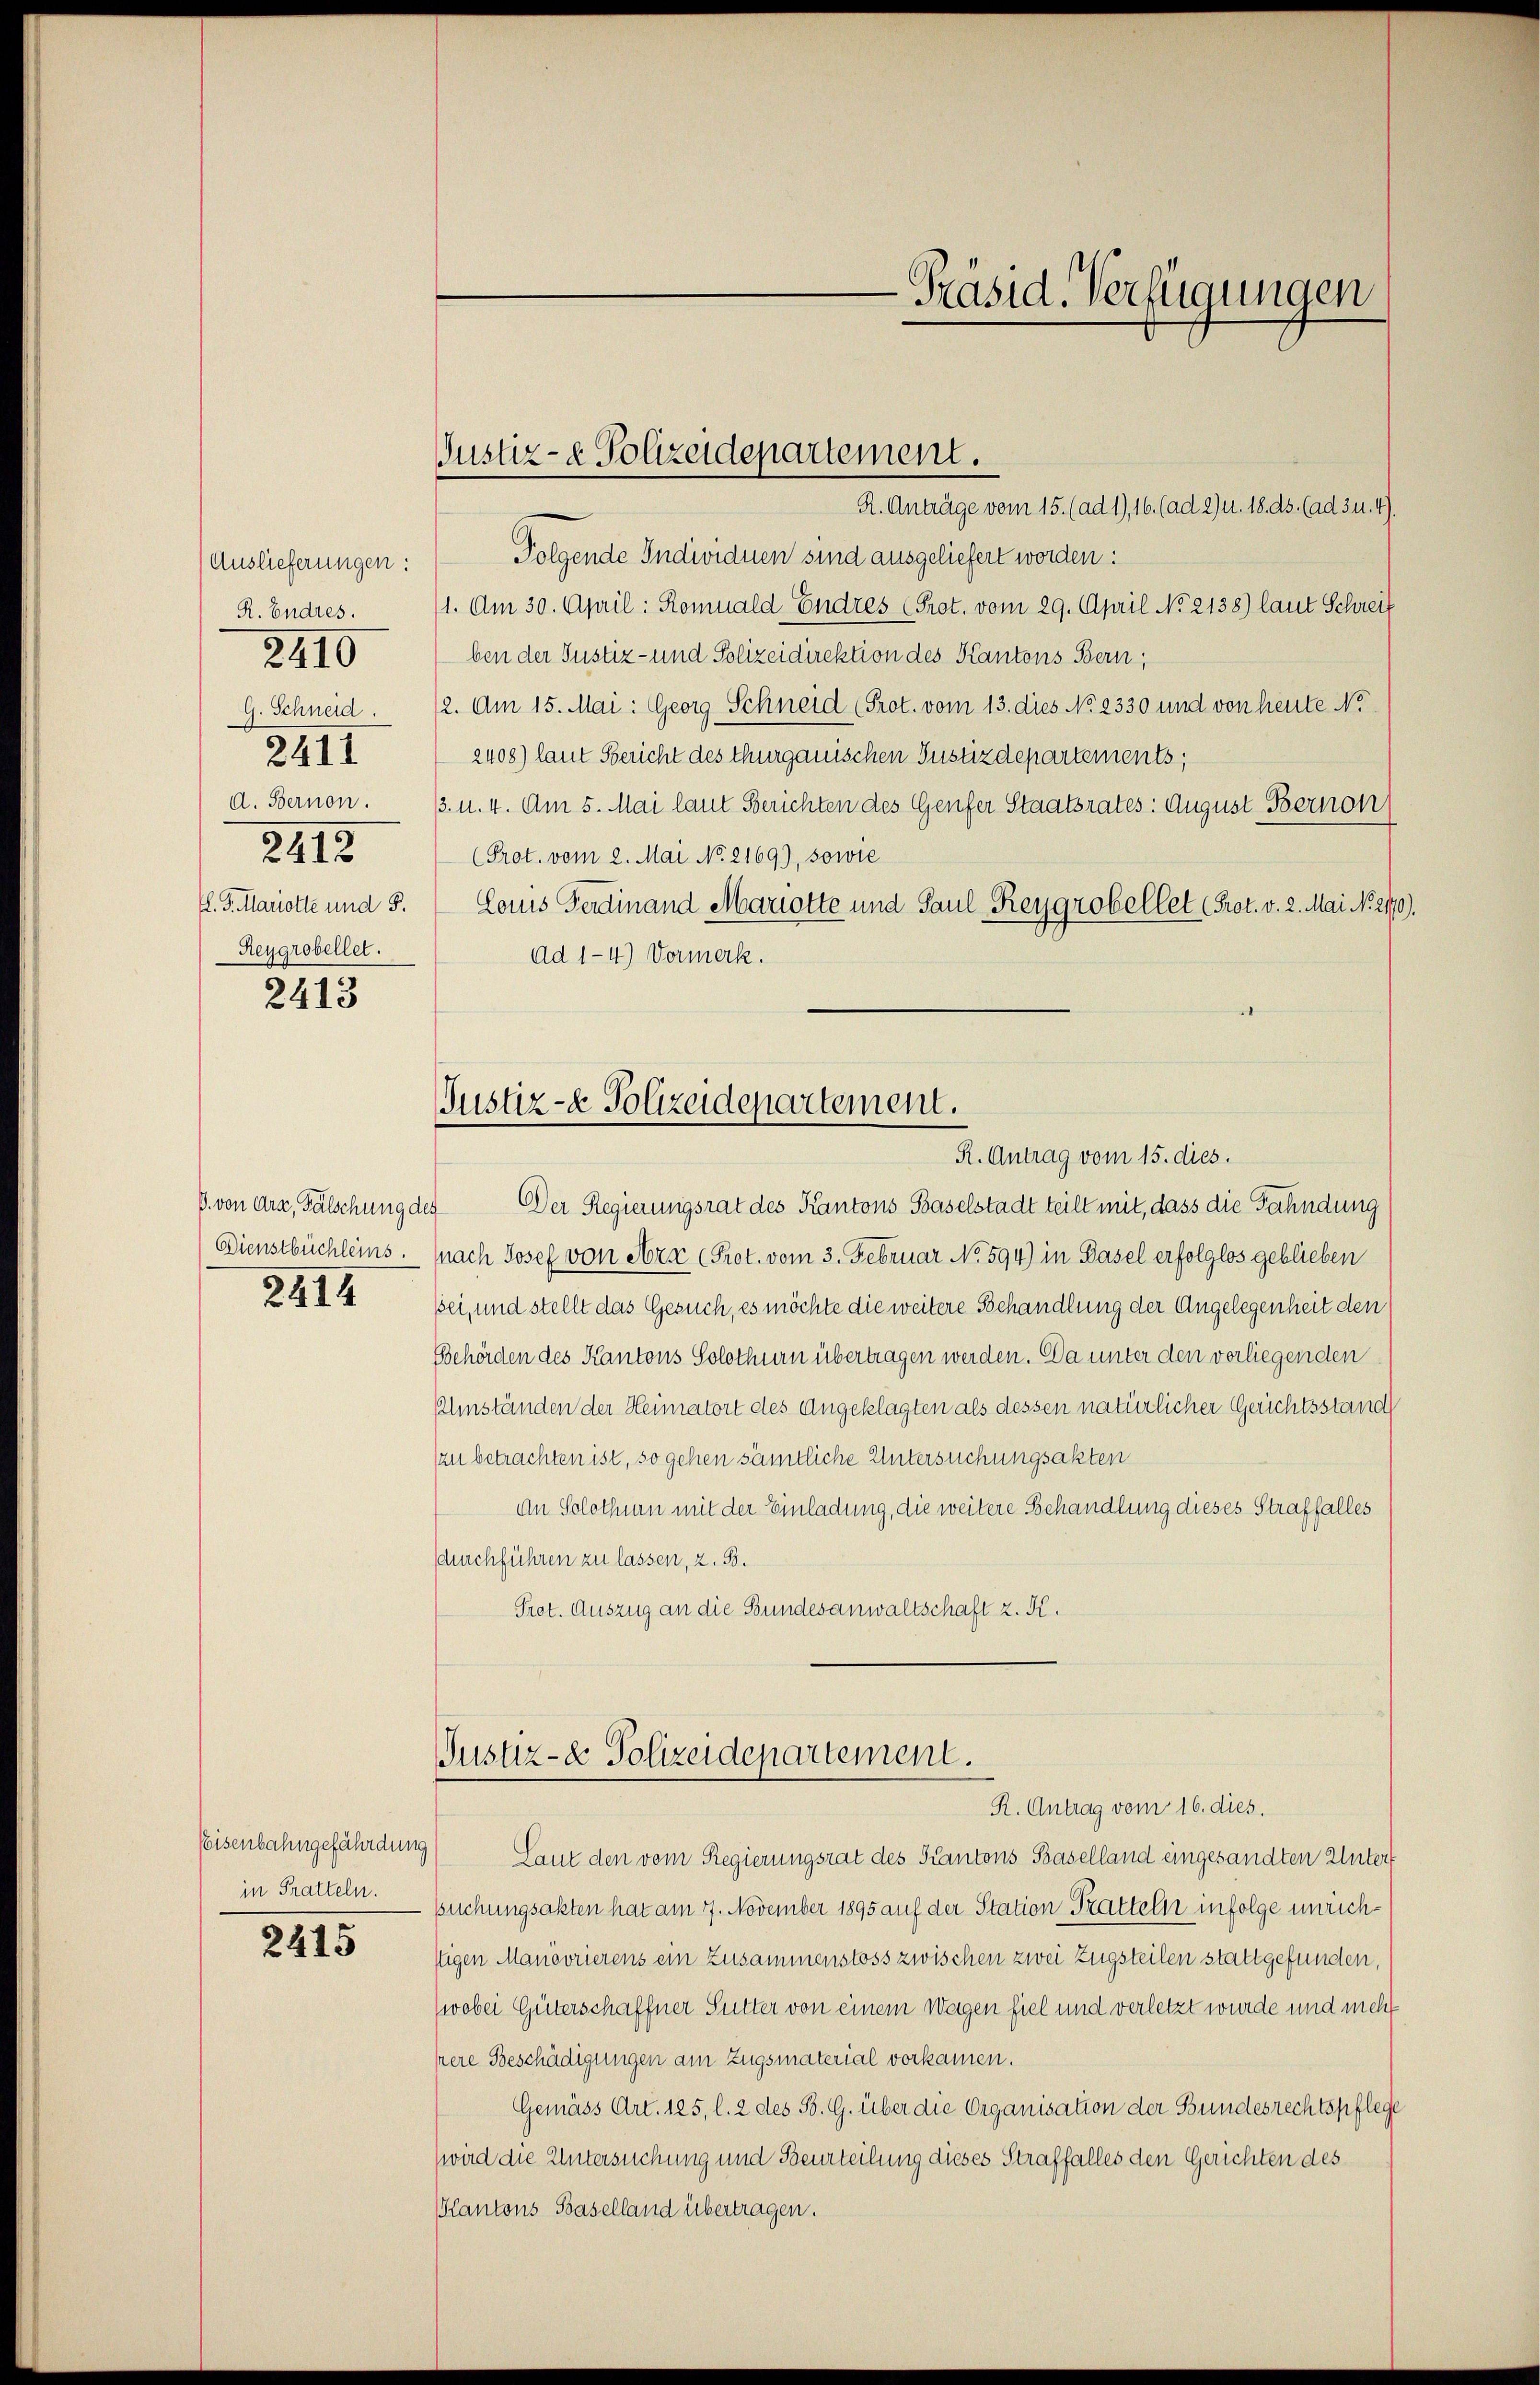
Auslieferungen:
R. Endres.
G. Schneid.
d. Bernon.
2412
fl. S. Marotte und 5.
Reygrobellet.
2413

2410

2411

Dienstbüchleins.
2414

in Pratteln.

2415

Justiz- & Polizeidepartement.

-Präsid. Verfügungen

R. Anträge vom 15. (ad 1), 16. (ad 2) u. 18. ds. (ad 3 u. 4).
Folgende Individuen sind ausgeliefert worden:
/1. Am 30. April: Romuald Endres Prot. vom 29. April No 2138) laut Schreit
ben der Justiz- und Polizeidirektion des Kantons Bern,
12. Am 15. Mai: Georg Schneid (Prot. vom 13. dies No 2330 und von heute No
2408) laut Bericht des thurgauischen Justizdepartements,
3. 11. 4. Am 5. Mai laut Berichten des Genfer Staatsrates: August Bernon
(Prot. vom 2. Mai No. 2169), sowie
Louis Ferdinand Mariette und Paul Reygrobellet (Prot. v. 2. Mai No. 2170).
Ad 1-4.) Vormerk.
1
B. von dra, Fälschung des Der Regierungsrat des Kantons Baselstadt teilt mit, dass die Fahndung
nach Josef von Arx (Prot. vom 3. Februar No. 594) in Basel erfolglos geblieben
bei, und stellt das Gesuch, es möchte die weitere Behandlung der Angelegenheit den
Behörden des Kantons Solothurn übertragen werden. Da unter den vorliegenden
Elimständen der Heimatort des Angeklagten als dessen natürlicher Gerichtsstand
zu betrachten ist, so gehen sämtliche Untersuchungsakten
An Solothurn mit der Einladung, die weitere Behandlung dieses Straffalles
sdurchführen zu lassen, z. B.
Prot. Auszug an die Bundesanwaltschaft z. K.
Justiz- & Polizeidepartement.
R. Antrag vom 16. dies.
EEisenbahngefährdung) Laut den vom Regierungsrat des Kantons Baselland eingesandten Untert
puchungsakten hat am 7. November 1895 auf der Station Tratteln infolge unrichstigen Manövrierens ein Zusammenstoss zwischen zwei Zugsteilen stattgefunden,
(wobei Güterschaffner Sutter von einem Wagen fiel und verletzt wurde und nicht
pere Beschädigungen am Zugsmaterial vorkamen.
Gemäss Art. 125, l. 2 des B. G. über die Organisation der Bundesrechtspflege
wird die Untersuchung und Beurteilung dieses Straffalles den Gerichten des
Kantons Baselland übertragen.

Justiz- & Polizeidepartement.
R. Antrag vom 15. dies.